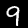
Label: 9